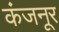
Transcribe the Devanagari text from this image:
कंजनूर